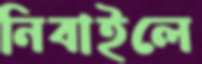
নিবাইলে